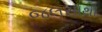
જલસાથી